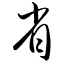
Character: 省